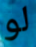
لو